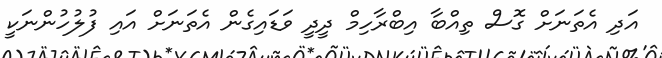
އަދި އެތަނަށް ގޮސް ތިއްބާ އިބްރާހިމް ދީދީ ވަޑައިގެން އެތަނަށް އައި ފުލުހުންނަކީ